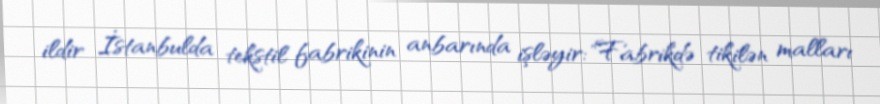
ildir İstanbulda tekstil fabrikinin anbarında işləyir: "Fabrikdə tikilən malları